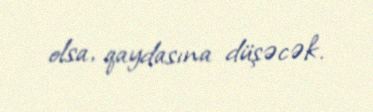
olsa, qaydasına düşəcək.